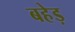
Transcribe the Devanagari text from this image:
बहेड़